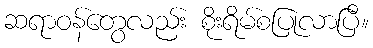
ဆရာဝန်တွေလည်း စိုးရိမ်စပြုလာပြီ။